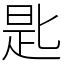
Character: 匙